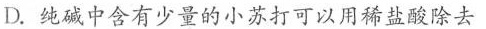
D.纯碱中含有少量的小苏打可以用稀盐酸除去